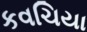
કવચિયા